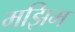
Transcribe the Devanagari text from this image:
मझिम